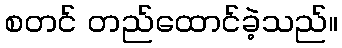
စတင် တည်ထောင်ခဲ့သည်။